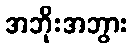
အဘိုးအဘွား